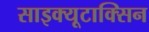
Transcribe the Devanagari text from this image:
साइक्यूटाक्सिन